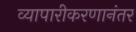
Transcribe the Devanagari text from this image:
व्यापारीकरणानंतर